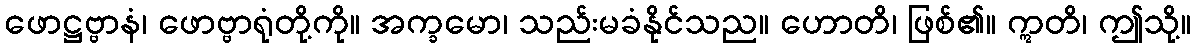
ဖောဋ္ဌဗ္ဗာနံ၊ ဖောဗ္ဗာရုံတို့ကို။ အက္ခမော၊ သည်းမခံနိုင်သည။ ဟောတိ၊ ဖြစ်၏။ ဣတိ၊ ဤသို့။